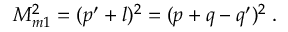
M _ { m 1 } ^ { 2 } = ( p ^ { \prime } + l ) ^ { 2 } = ( p + q - q ^ { \prime } ) ^ { 2 } \; .